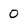
Character: 0